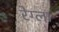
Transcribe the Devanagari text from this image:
रेग्ला